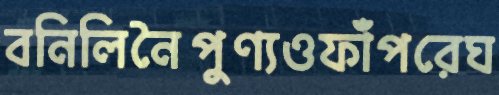
বনিলিনৈপুণ্যওফাঁপরেঘ